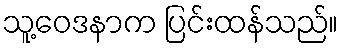
သူ့ဝေဒနာက ပြင်းထန်သည်။